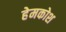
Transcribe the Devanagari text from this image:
हेमकोश